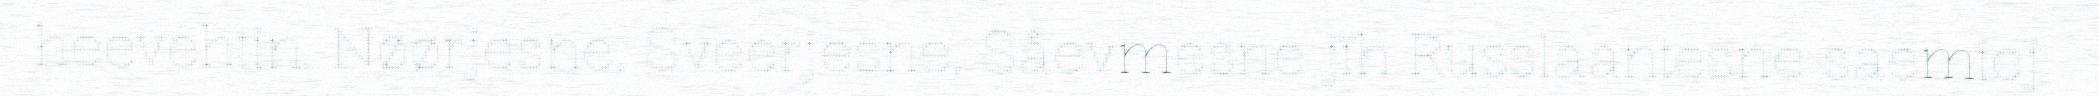
heevehtin. Nøørjesne, Sveerjesne, Såevmesne jïh Russlaantesne saemiej